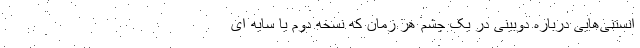
انستنی‌هایی درباره دوبینی در یک چشم هر زمان که نسخه دوم یا سایه ای